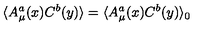
\langle A _ { \mu } ^ { a } ( x ) C ^ { b } ( y ) \rangle = \langle A _ { \mu } ^ { a } ( x ) C ^ { b } ( y ) \rangle _ { 0 }